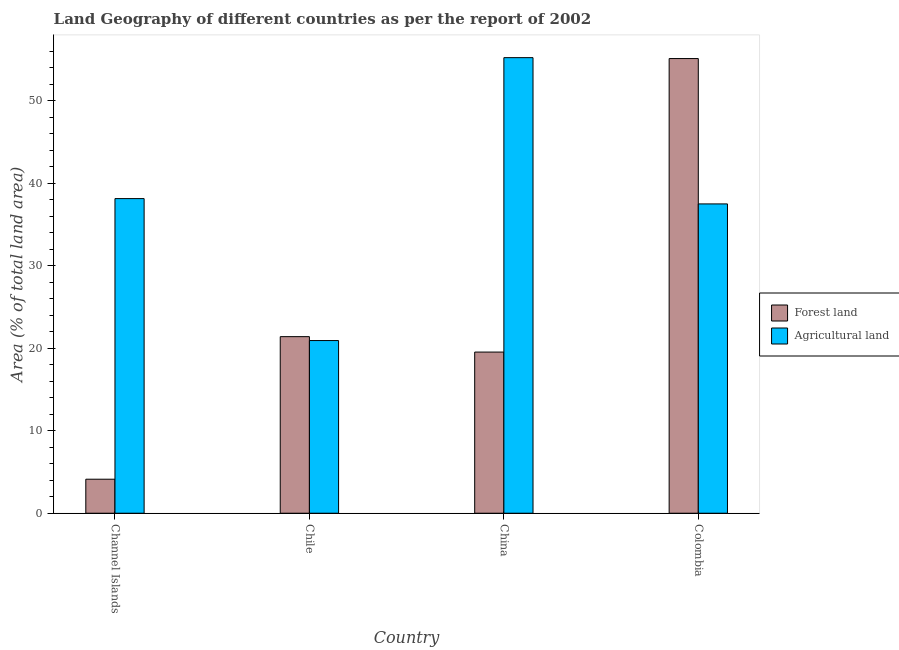
| Country | Forest land | Agricultural land |
 | --- | --- | --- |
 | Channel Islands | 4.12 | 38.1 |
 | Chile | 21.4 | 20.9 |
 | China | 19.5 | 55.2 |
 | Colombia | 55.1 | 37.5 |